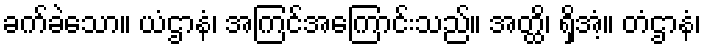
ခက်ခဲသော။ ယံဌာနံ၊ အကြင်အကြောင်းသည်။ အတ္ထိ၊ ရှိအံ့။ တံဌာနံ၊